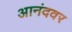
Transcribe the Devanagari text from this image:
आनंदवर